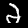
Label: 2